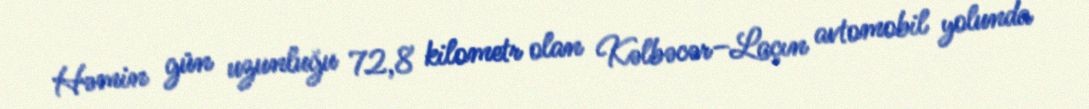
Həmin gün uzunluğu 72,8 kilometr olan Kəlbəcər–Laçın avtomobil yolunda